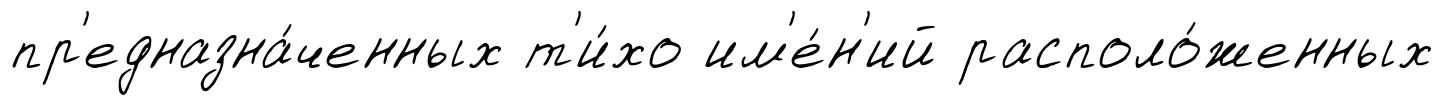
пр'едназна́ченных т'и́хо им'е́н'ий располо́женных